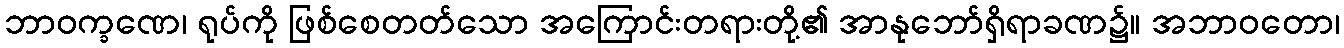
ဘာဝက္ခဏေ၊ ရုပ်ကို ဖြစ်စေတတ်သော အကြောင်းတရားတို့၏ အာနုဘော်ရှိရာခဏ၌။ အဘာဝတော၊